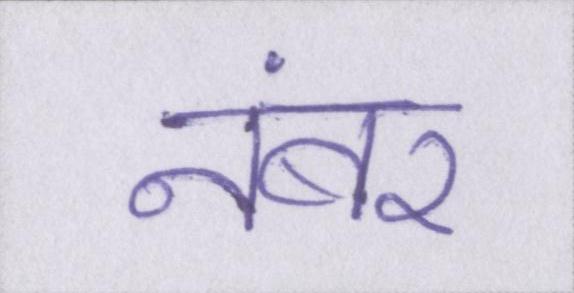
नंबर